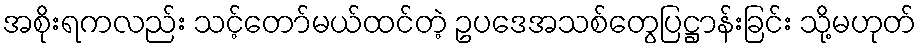
အစိုးရကလည်း သင့်တော်မယ်ထင်တဲ့ ဥပဒေအသစ်တွေပြဋ္ဌာန်းခြင်း သို့မဟုတ်